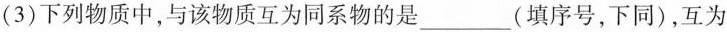
(3)下列物质中，与该物质互为同系物的是___(填序号，下同)，互为